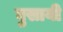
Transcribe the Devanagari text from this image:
घुसायी